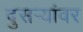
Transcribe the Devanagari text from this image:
दुसर्‍यांवर